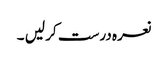
نعرہ درست کر لیں‌ ۔